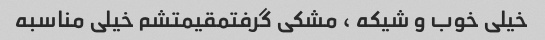
خیلی خوب و شیکه ، مشکی گرفتمقیمتشم خیلی مناسبه